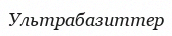
Ультрабазиттер